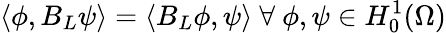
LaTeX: \langle\phi,B_{L}\psi\rangle=\langle B_{L}\phi,\psi\rangle\ \forall\ \phi,\psi\in H_{0}^{1}(\Omega)